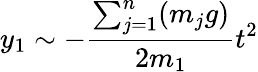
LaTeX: y_{1}\sim-\frac{\sum_{j=1}^{n}(m_{j}g)}{2m_{1}}t^{2}